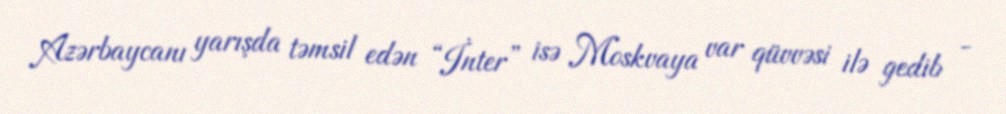
Azərbaycanı yarışda təmsil edən “İnter” isə Moskvaya var qüvvəsi ilə gedib -